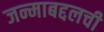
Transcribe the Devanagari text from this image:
जन्माबद्दलची